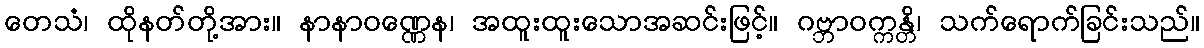
တေသံ၊ ထိုနတ်တို့အား။ နာနာဝဏ္ဏေန၊ အထူးထူးသောအဆင်းဖြင့်။ ဂဗ္ဘာဝက္ကန္တိ၊ သက်ရောက်ခြင်းသည်။